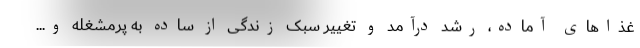
غذاهای آماده، رشد درآمد و تغییر سبک زندگی از ساده به پرمشغله و...